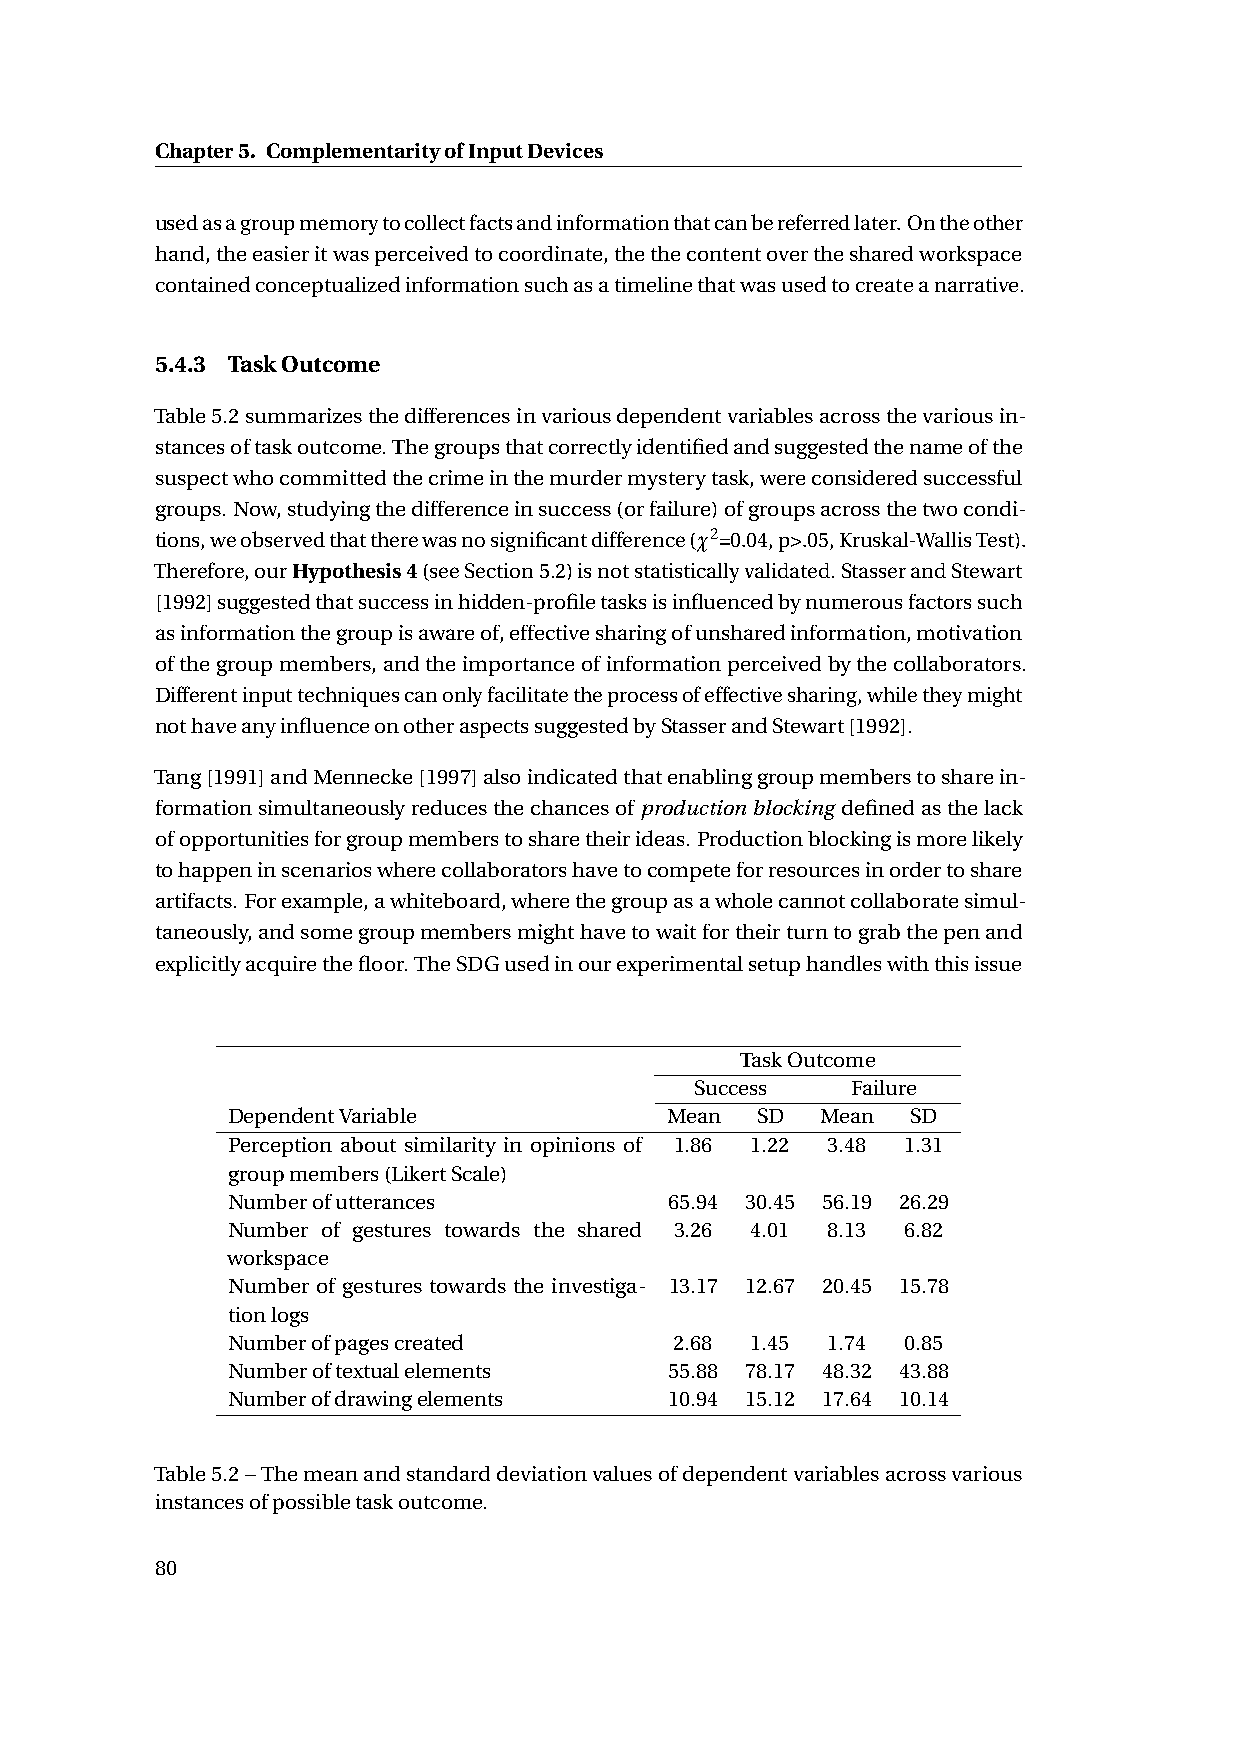
Chapter5. ComplementarityofInputDevices
 usedasagroupmemorytocollectfactsandinformationthatcanbereferredlater.Ontheother
 hand,theeasieritwasperceivedtocoordinate,thethecontentoverthesharedworkspace
 containedconceptualizedinformationsuchasatimelinethatwasusedtocreateanarrative.
 5.4.3 TaskOutcome
 Table5.2summarizesthedifferencesinvariousdependentvariablesacrossthevariousin-
 stancesoftaskoutcome.Thegroupsthatcorrectlyidentifiedandsuggestedthenameofthe
 suspectwhocommittedthecrimeinthemurdermysterytask,wereconsideredsuccessful
 groups. Now,studyingthedifferenceinsuccess(orfailure)ofgroupsacrossthetwocondi-
 tions,weobservedthattherewasnosignificantdifference(¬2=0.04,p>.05,Kruskal-WallisTest).
 Therefore,ourHypothesis4(seeSection5.2)isnotstatisticallyvalidated.StasserandStewart
 [1992]suggestedthatsuccessinhidden-profiletasksisinfluencedbynumerousfactorssuch
 asinformationthegroupisawareof,effectivesharingofunsharedinformation,motivation
 ofthegroupmembers,andtheimportanceofinformationperceivedbythecollaborators.
 Differentinputtechniquescanonlyfacilitatetheprocessofeffectivesharing,whiletheymight
 nothaveanyinfluenceonotheraspectssuggestedbyStasserandStewart[1992].
 Tang[1991]andMennecke[1997]alsoindicatedthatenablinggroupmemberstosharein-
 formationsimultaneouslyreducesthechancesofproductionblocking definedasthelack
 ofopportunitiesforgroupmemberstosharetheirideas.Productionblockingismorelikely
 tohappeninscenarioswherecollaboratorshavetocompeteforresourcesinordertoshare
 artifacts.Forexample,awhiteboard,wherethegroupasawholecannotcollaboratesimul-
 taneously,andsomegroupmembersmighthavetowaitfortheirturntograbthepenand
 explicitlyacquirethefloor.TheSDGusedinourexperimentalsetuphandleswiththisissue
 TaskOutcome
 Success   Failure
 DependentVariable            Mean  SD  Mean  SD
 Perception about similarity in opinions of 1.86 1.22 3.48 1.31
 groupmembers(LikertScale)
 Numberofutterances           65.94 30.45 56.19 26.29
 Number of gestures towards the shared 3.26 4.01 8.13 6.82
 workspace
 Number of gestures towards the investiga- 13.17 12.67 20.45 15.78
 tionlogs
 Numberofpagescreated          2.68 1.45 1.74 0.85
 Numberoftextualelements      55.88 78.17 48.32 43.88
 Numberofdrawingelements      10.94 15.12 17.64 10.14
 Table5.2–Themeanandstandarddeviationvaluesofdependentvariablesacrossvarious
 instancesofpossibletaskoutcome.
 80